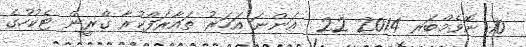
10 ނޮވެމްބަރ 2014 22  އަންނަ އަހަރު ތައާރަފްކުރާ ގްރީން ޓެކުހުގެ